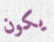
يكون